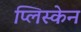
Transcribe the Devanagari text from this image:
प्लिस्केन